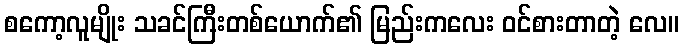
စကော့လူမျိုး သခင်ကြီးတစ်ယောက်၏ မြည်းကလေး ဝင်စားတာတဲ့ လေ။